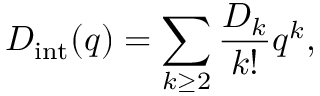
D _ { \mathrm { i n t } } ( q ) = \sum _ { k \geq 2 } \frac { D _ { k } } { k ! } q ^ { k } ,